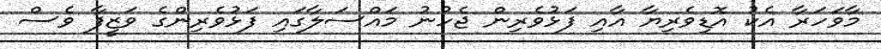
މާވަހަރާ އެކު އޮޑިވެރިޔާ އާއި ފަޅުވެރިން ޖެހުނު މައްސަލާގައި ފަޅުވެރިންގެ ވަޒީފާ ވެސް